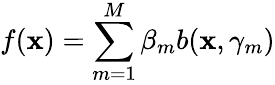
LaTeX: f(\mathbf{x})=\sum_{m=1}^{M}\beta_{m}b(\mathbf{x},\gamma_{m})